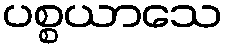
ပစ္စယာသေ